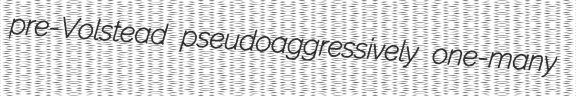
pre-Volstead pseudoaggressively one-many